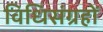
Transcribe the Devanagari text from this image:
विधिसंग्रहों